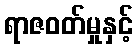
ရာဇဝတ်မှုနှင့်